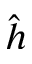
\hat { h }